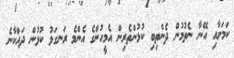
ކަމަށާއި އޭނާ ނެތުމުން ދެންތިބި ކުޅުންތެރިން އެމީހުންގެ އެންމެ ރަނގަޅު ކުޅުން ދައްކާނެ